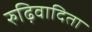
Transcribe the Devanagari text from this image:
रुढ़िवादिता